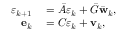
\begin{array} { r l } { \boldsymbol { \varepsilon } _ { k + 1 } } & { { } = \bar { A } \boldsymbol { \varepsilon } _ { k } + \bar { G } \bar { \mathbf { w } } _ { k } , } \\ { \mathbf { e } _ { k } } & { { } = C \boldsymbol { \varepsilon } _ { k } + \mathbf { v } _ { k } , } \end{array}